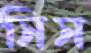
সিস